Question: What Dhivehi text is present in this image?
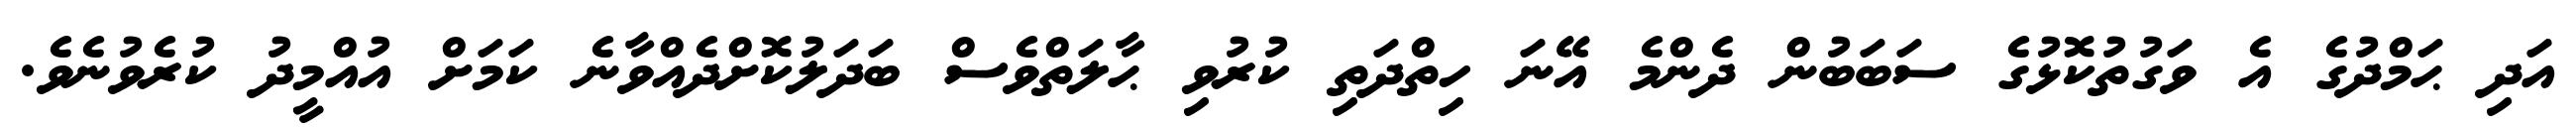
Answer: އަދި ޙަމްދުގެ އެ ވަގުތުކޮޅުގެ ސަބަބުން ދެންމެ އޭނަ ހިތްދަތި ކުރުވި ޙާލަތްވެސް ބަދަލުކޮށްދެއްވާނެ ކަމަށް އުއްމީދު ކުރެވުނެވެ.